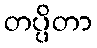
တပ္ပိတာ